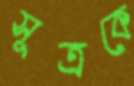
সূত্রকে